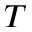
T